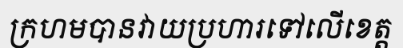
ក្រហមបានវាយប្រហារទៅលើខេត្ត